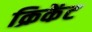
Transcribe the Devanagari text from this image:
क्रिकेंट